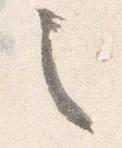
之